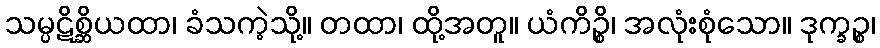
သမ္ပဋိစ္ဆိယထာ၊ ခံသကဲ့သို့။ တထာ၊ ထို့အတူ။ ယံကိဉ္စိ၊ အလုံးစုံသော။ ဒုက္ခဉ္စ၊